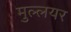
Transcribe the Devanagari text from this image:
मुल्लयर